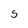
Character: S